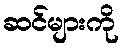
ဆင်များကို